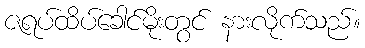
ဇရပ်ထိပ်ခေါင်မိုးတွင် နားလိုက်သည်။